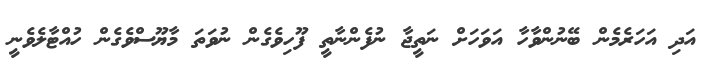
އަދި އަހަރެމެން ބޭނުންވާހާ އަވަހަށް ނަތީޖާ ނުފެންނާތީ ފޫހިވެގެން ނުވަތަ މާޔޫސްވެގެން ހުއްޓާލެވެނީ